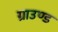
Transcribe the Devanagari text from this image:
ग्राउण्‍ड